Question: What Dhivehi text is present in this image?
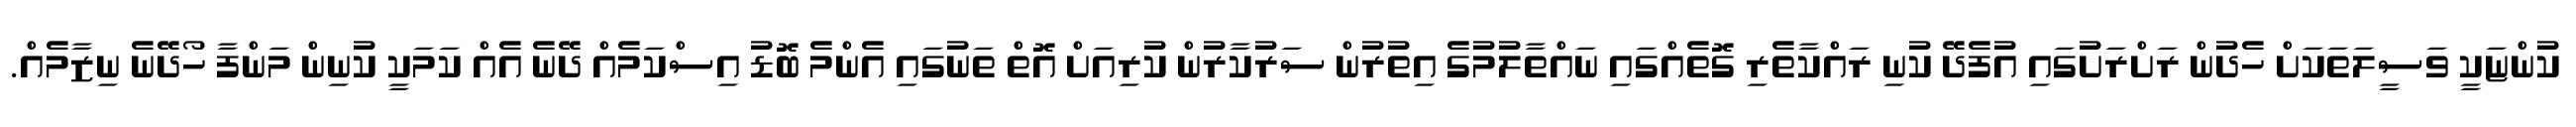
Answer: ކުންޏަކީ ވަސީލަތަކަށް ހެދުން ރަށްރަށުގައި އުފެދޭ ކުނި ރައްކާތެރި ގޮތެއްގައި ނައްތާލުމުގެ އިތުރުން ސަރުކާރުން ކުރިއަށް އޮތް ތަނުގައި އެންމެ ބޮޑު އިސްކަމެއް ދޭނެ އެއް ކަމަކީ ކުނިން މަންފާ ހޯދޭނެ ނިޒާމެއް.